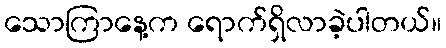
သောကြာနေ့က ရောက်ရှိလာခဲ့ပါတယ်။